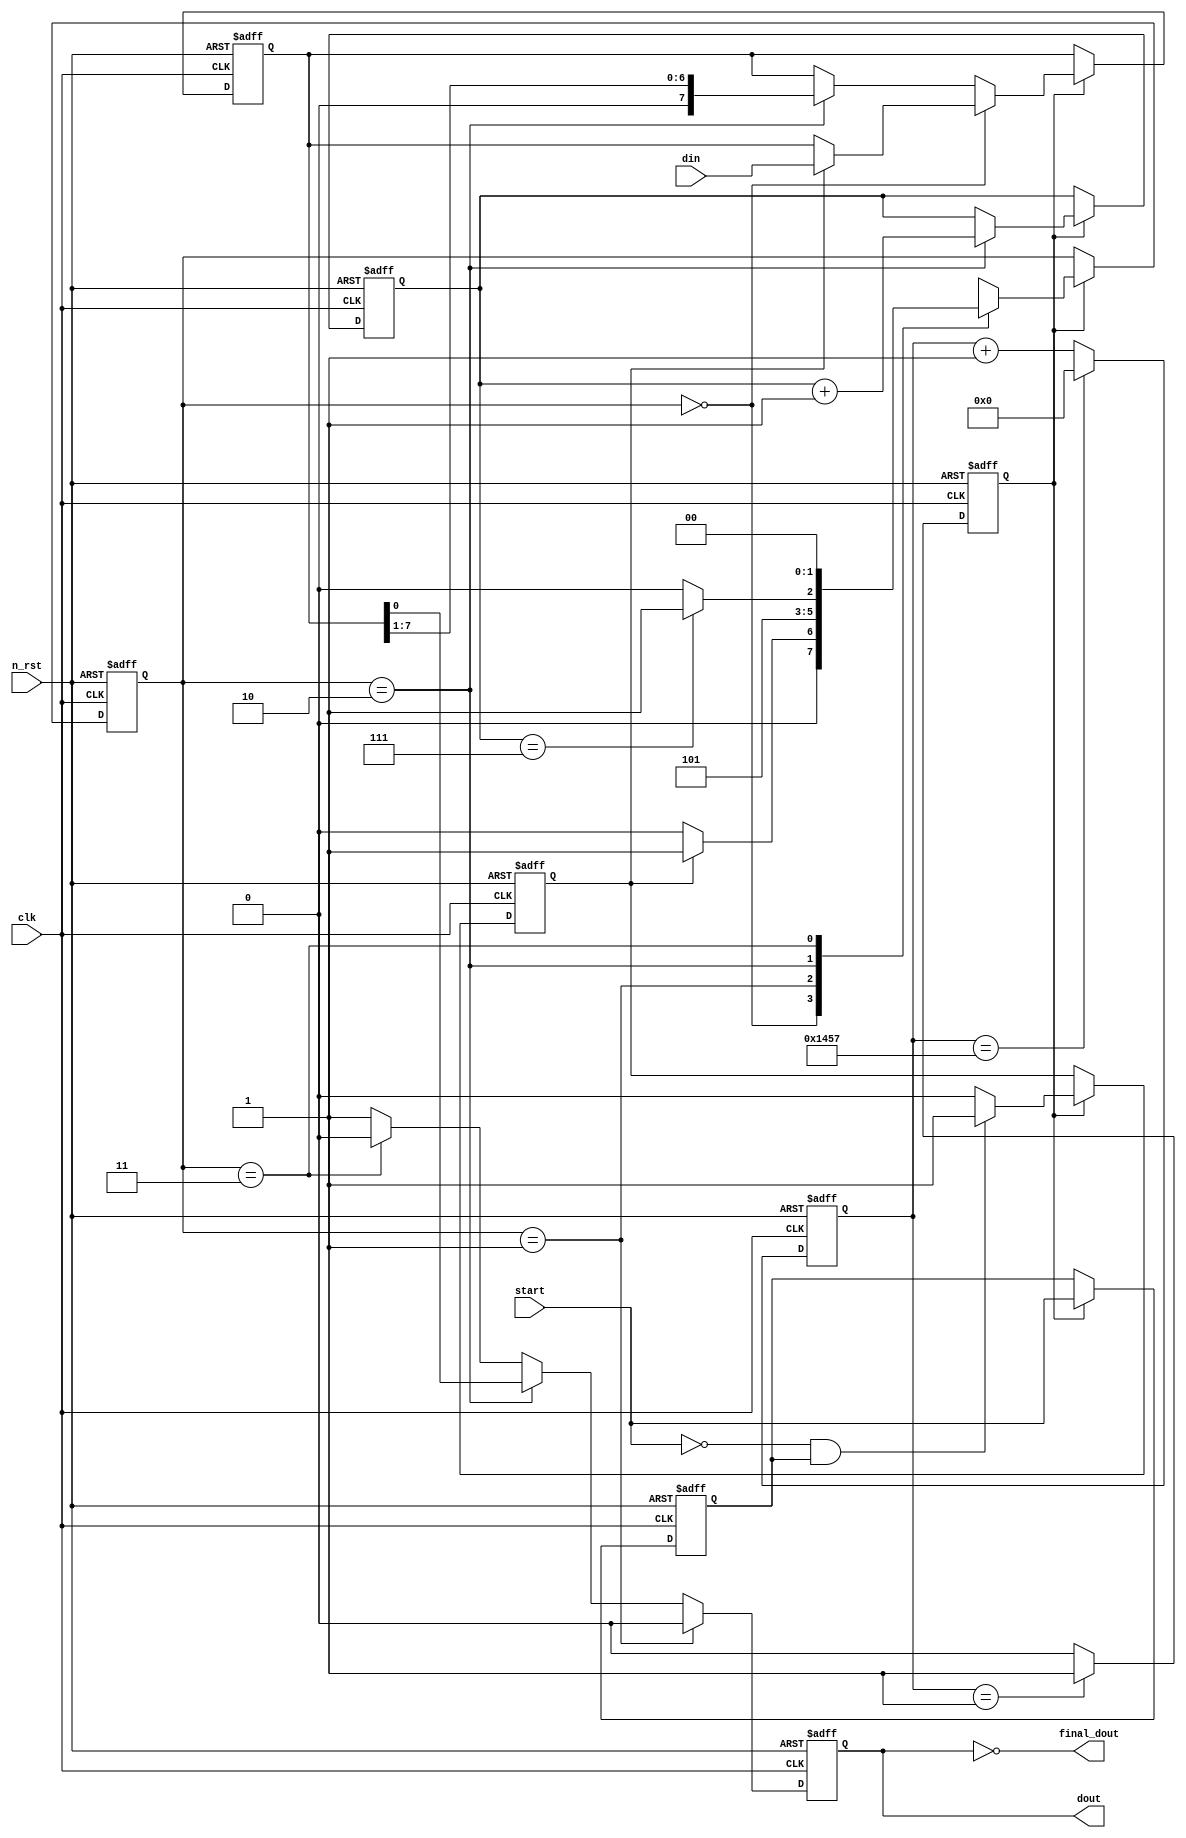

module uart(
    clk,
    n_rst,
    din,
    start,
    dout,
    final_dout
);

parameter IDLE = 2'b00;   // S_0
parameter START = 2'b01;  // S_1
parameter DATA = 2'b10;   // S_2
parameter PARITY = 2'b11; // S_3

parameter PER = 13'h1457; // cnt_period
input clk;
input n_rst;

input [7:0] din;
input start;

output reg dout;

output final_dout;


reg shift;

reg [1:0] c_state;
reg [1:0] n_state;
reg [2:0] cnt;

reg [12:0] cnt_period;  // enable counter 
reg en;
reg start_d; // start_delay
reg tx_start;
reg [7:0] d_ff;

// Sequential Logic

assign final_dout = ~dout;

// enable counter
always @(posedge clk or negedge n_rst) begin
    if (!n_rst) begin   
        cnt_period <= 1'b0;
    end

    else begin
        cnt_period <= (cnt_period == PER) ? 13'h0000 : cnt_period + 13'h0001;
    end
end

// assign cnt_tmp = (cnt_period == PER) ? 4'b0101 : 4'b0000; 

// enable flip-flop
always @(posedge clk or negedge n_rst) begin
    if (!n_rst) begin
        en <= 1'b0;
    end

    else begin
        if (cnt_period == 4'b0001) begin
            en <= 1'b1;
        end

        else begin
            en <= 1'b0;
        end
    end
end

// start_delay flip-flop
always @(posedge clk or negedge n_rst) begin
    if (!n_rst) begin
        start_d <= 1'b0;
    end

    else begin
        if (en) begin
            start_d <= start;
        end

        else begin
            start_d <= start_d;
        end
    end 
end

// tx_start flip-flop
always @(posedge clk or negedge n_rst) begin
    if (!n_rst) begin
        tx_start <= 1'b0;
    end

    else begin
        if (en) begin
            tx_start <= (start == 1'b0 && start_d == 1'b1) ? 1'b1 : 1'b0;
        end

        else begin
            tx_start <= tx_start;
        end
    end
end

// state flip-flop
always @(posedge clk or negedge n_rst) begin
    if (!n_rst) begin
        c_state <= IDLE;
    end

    else begin
        if (en) begin // en == 1'b1
            c_state <= n_state;
        end

        else begin // en = 1'b0
            c_state <= c_state;
        end
    end
end

// DATA counter
always @(posedge clk or negedge n_rst) begin
    if (!n_rst) begin
        cnt <= IDLE;
    end

    else begin
        if (en) begin // en == 1'b1
            cnt <= (c_state == DATA) ? cnt + 3'h1 : cnt;
        end

        else begin // en == 1'b0
            cnt <= cnt;
        end
    end
end

// 8bit shift register 
always @(posedge clk or negedge n_rst) begin
    if (!n_rst) begin
        d_ff <= 8'b1;
    end

    else begin
        if (en) begin
            if (c_state == IDLE) begin
                if (tx_start) begin
                    d_ff <= din;
                end

                else begin
                    d_ff <= d_ff;           
                end
            end

            else if (c_state == DATA) begin
                d_ff <= {1'b0, d_ff[7:1]}; 
            end

            else begin
                d_ff <= d_ff;
            end
        end

        else begin
            d_ff <= d_ff;
        end
    end
end

// dout FF 
always @(posedge clk or negedge n_rst) begin
    if (!n_rst) begin
        dout <= 1'b0;
    end

    else begin
        if (c_state == START) begin
            dout <= 1'b0;
        end

        else if (c_state == DATA) begin
            dout <= d_ff[0];
        end

        else if (c_state == PARITY) begin
            dout <= 1'b0;
        end

        else begin
            dout <= 1'b1;
        end
    end
end


// Combinational Logic
always @(*) begin 
        case(c_state)
            IDLE : begin
                n_state = (tx_start == 1'b1) ? START : IDLE;
                shift = 1'b0;
            end

            START : begin
                n_state = DATA;
                shift = 1'b0;
            end

            DATA : begin
                n_state = (cnt == 3'h7) ? PARITY : DATA;
                shift = 1'b1;
            end

            PARITY : begin
                n_state = IDLE;
                shift = 1'b0;
            end

            default : begin        
                n_state = IDLE;
                shift = 1'b0;
            end 

        endcase
end


endmodule